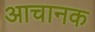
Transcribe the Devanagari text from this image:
आचानक